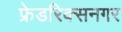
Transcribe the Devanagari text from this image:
फ्रेडरिक्सनगर